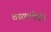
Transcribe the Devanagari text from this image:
वस्त्यांपैकी